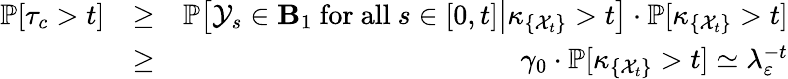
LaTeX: \begin{array}{rlr}{\mathbb{P}[\tau_{c}>t]}&{\ge}&{\mathbb{P}\big[{\mathcal Y}_{s}\in\mathbf B_{1}\ \mathrm{for~all}\ s\in[0,t]\big|\kappa_{\{ {\mathcal X}_{t}\} }>t\big]\cdot\mathbb{P}[\kappa_{\{ {\mathcal X}_{t}\} }>t]}\\ &{\ge}&{\gamma_{0}\cdot\mathbb{P}[\kappa_{\{ {\mathcal X}_{t}\} }>t]\simeq\lambda_{\varepsilon}^{-t}}\end{array}